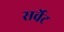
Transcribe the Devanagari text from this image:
सर्वेट